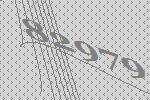
82979